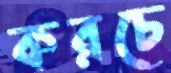
করচে